Scottish Leaving Certificate Examination, 1961
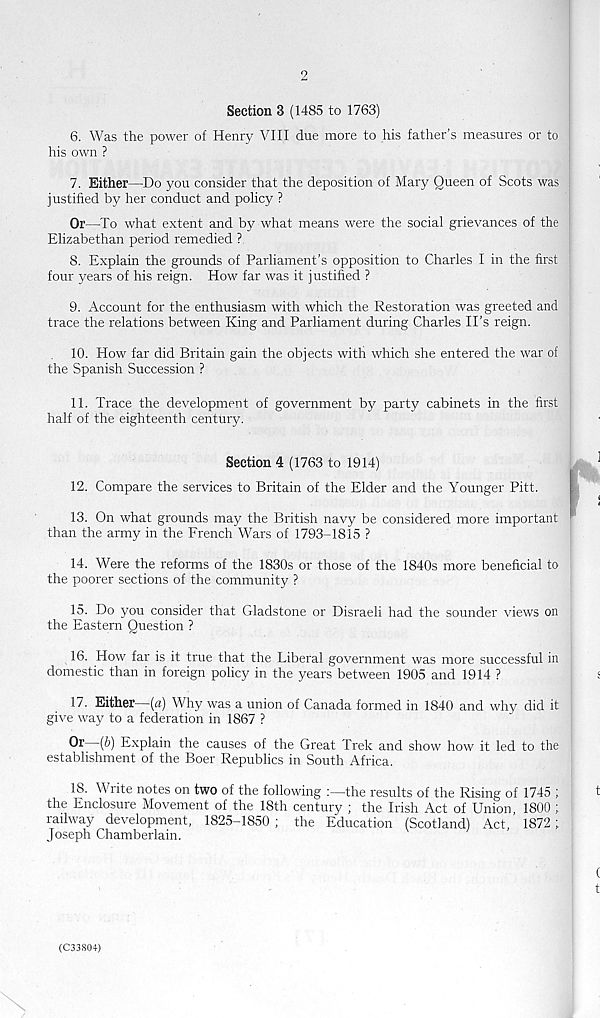
2
Section 3 (1485 to 1763)
6. Was the power of Henry VIII due more to his father's measures or to
his own ?
7. Either—Do you consider that the deposition of Mary Queen of Scots was
justified by her conduct and policy ?
Or—To what extent and by what means were the social grievances of the
Elizabethan period remedied ?
8. Explain the grounds of Parliament's opposition to Charles I in the first
four years of his reign. How far was it justified ?
9. Account for the enthusiasm with which the Restoration was greeted and
trace the relations between King and Parliament during Charles IPs reign.
10. How far did Britain gain the objects with which she entered the war of
the Spanish Succession ?
11. Trace the development of government by party cabinets in the first
half of the eighteenth century.
Section 4 (1763 to 1914)
12. Compare the services to Britain of the Elder and the Younger Pitt.
13. On what grounds may the British navy be considered more important
than the army in the French Wars of 1793-1815 ?
14. Were the reforms of the 1830s or those of the 1840s more beneficial to
the poorer sections of the community ?
15. Do you consider that Gladstone or Disraeli had the sounder views on
the Eastern Question ?
16. How far is it true that the Liberal government was more successful in
domestic than in foreign policy in the years between 1905 and 1914 ?
17. Either—(a) Why was a union of Canada formed in 1840 and why did it
give way to a federation in 1867 ?
Or [b) Explain the causes of the Great Trek and show how it led to the
establishment of the Boer Republics in South Africa.
18. Write notes on two of the following
the results of the Rising of 1745
the Enclosure Movement of the 18th century ; the Irish Act of Union, 1800 ;
railway development, 1825-1850 ; the Education (Scotland) Act, 1872 ;
Joseph Chamberlain.
(C33804)